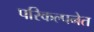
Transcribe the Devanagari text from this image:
परिकल्पनेत